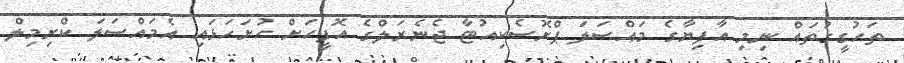
ތަހުގީގުތައް ނިމި އާފިޔާގެ މައްސަލަ ޕްރޮސެކިއުޓާ ޖެނެރަލްގެ އޮފީހަށް ހުށަހަޅައި އެމައްސަލަ ކްރިމިލް